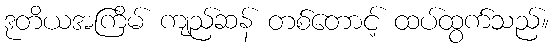
ဒုတိယအကြိမ် ကျည်ဆန် တစ်တောင့် ထပ်ထွက်သည်။